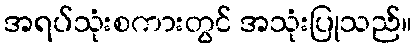
အရပ်သုံးစကားတွင် အသုံးပြုသည်။